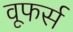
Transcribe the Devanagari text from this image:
वूफर्स